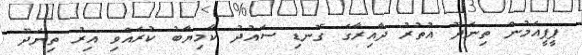
ޕީޕީއެމުން ތިނަދޫ އުތުރު ދާއިރާގެ ގޮނޑި ސައުދު ކާމިޔާބު ކުރެއްވި އިރު ތިނަދޫ